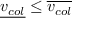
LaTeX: { \underline { { v _ { c o l } } } } \leq { \overline { { v _ { c o l } } } }